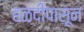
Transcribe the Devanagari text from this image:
हळदीपासून